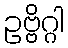
ဥဗ္ဗိဂ္ဂါ